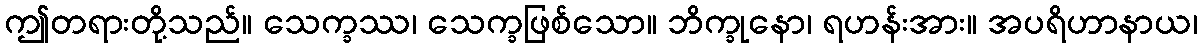
ဤတရားတို့သည်။ သေက္ခဿ၊ သေက္ခဖြစ်သော။ ဘိက္ခုနော၊ ရဟန်းအား။ အပရိဟာနာယ၊